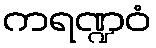
ကရဏ္ဍဝံ